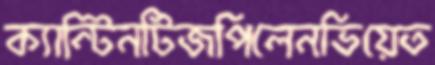
ক্যান্টিনটিজপিলেনভিয়েত